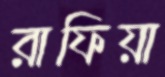
রাফিয়া